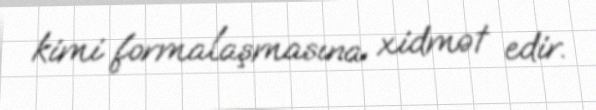
kimi formalaşmasına xidmət edir.